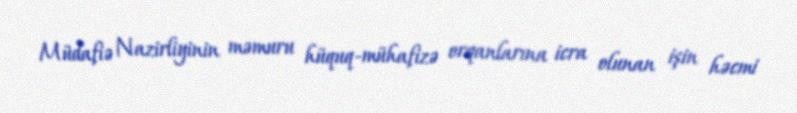
Müdafiə Nazirliyinin məmuru hüquq-mühafizə orqanlarına icra olunan işin həcmi